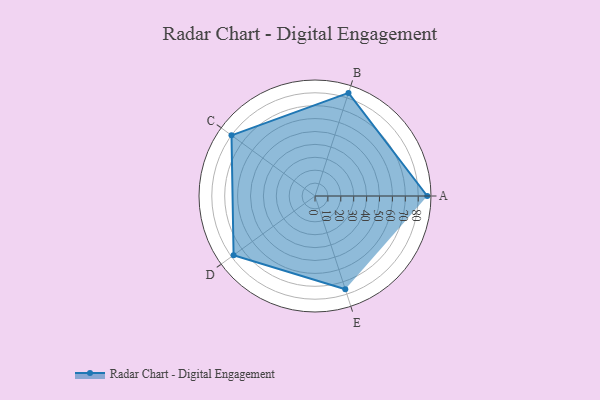
{"axis": {"x": "Skill", "y": "Score"}, "legend": ["Profile"], "data": [{"x": "A", "y": 87.0, "type": "Profile"}, {"x": "B", "y": 84.0, "type": "Profile"}, {"x": "C", "y": 80.0, "type": "Profile"}, {"x": "D", "y": 78.0, "type": "Profile"}, {"x": "E", "y": 76.0, "type": "Profile"}]}